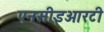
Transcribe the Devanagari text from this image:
एनसीइआरटी